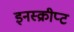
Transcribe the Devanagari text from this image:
इनस्क्रीप्ट